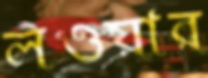
লওয়ার